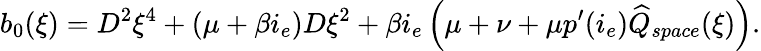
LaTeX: b_{0}(\xi)=D^{2}\xi^{4}+(\mu+\beta i_{e})D\xi^{2}+\beta i_{e}\left(\mu+\nu+\mu p^{\prime}(i_{e})\widehat{Q}_{space}(\xi)\right).